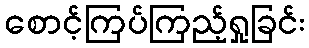
စောင့်ကြပ်ကြည့်ရှုခြင်း